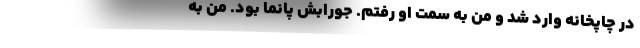
دَرِ چاپخانه وارد شد و من به سمت او رفتم. جورابش پانما بود. من به